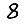
Digit: 8